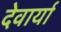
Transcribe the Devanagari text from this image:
देवार्या